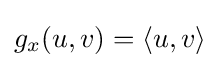
g_{x}(u,v)=\langle u,v\rangle